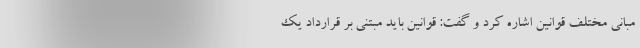
مبانی مختلف قوانین اشاره کرد و گفت: قوانین باید مبتنی بر قرارداد یک